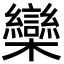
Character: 欒